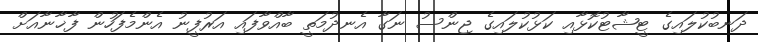
ދަނބުކުލައިގެ ޓީޝާޓުކޮޅާއި ކަޅުކުލައިގެ ޖިންސު ނަގާ އެނދުމަތީ ބާއްވާފައި އަރުފީނު އެންމެފަހުން ފާޚާނާއަށް